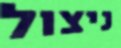
ניצול